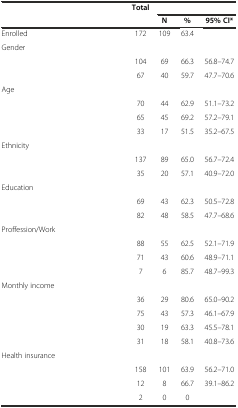
<table><thead><tr><td rowspan="2">[EMPTY_CELL]</td><td rowspan="2">[EMPTY_CELL]</td><td rowspan="2"><b>Total</b></td><td colspan="3">[EMPTY_CELL]</td></tr><tr><td><b>N</b></td><td><b>%</b></td><td><b>95% CI*</b></td></tr></thead><tbody><tr><td>Enrolled</td><td>[EMPTY_CELL]</td><td>172</td><td>109</td><td>63.4</td><td>[EMPTY_CELL]</td></tr><tr><td>Gender</td><td>[EMPTY_CELL]</td><td>[EMPTY_CELL]</td><td>[EMPTY_CELL]</td><td>[EMPTY_CELL]</td><td>[EMPTY_CELL]</td></tr><tr><td>[EMPTY_CELL]</td><td>[EMPTY_CELL]</td><td>104</td><td>69</td><td>66.3</td><td>56.8–74.7</td></tr><tr><td>[EMPTY_CELL]</td><td>[EMPTY_CELL]</td><td>67</td><td>40</td><td>59.7</td><td>47.7–70.6</td></tr><tr><td>Age</td><td>[EMPTY_CELL]</td><td>[EMPTY_CELL]</td><td>[EMPTY_CELL]</td><td>[EMPTY_CELL]</td><td>[EMPTY_CELL]</td></tr><tr><td>[EMPTY_CELL]</td><td>[EMPTY_CELL]</td><td>70</td><td>44</td><td>62.9</td><td>51.1–73.2</td></tr><tr><td>[EMPTY_CELL]</td><td>[EMPTY_CELL]</td><td>65</td><td>45</td><td>69.2</td><td>57.2–79.1</td></tr><tr><td>[EMPTY_CELL]</td><td>[EMPTY_CELL]</td><td>33</td><td>17</td><td>51.5</td><td>35.2–67.5</td></tr><tr><td>Ethnicity</td><td>[EMPTY_CELL]</td><td>[EMPTY_CELL]</td><td>[EMPTY_CELL]</td><td>[EMPTY_CELL]</td><td>[EMPTY_CELL]</td></tr><tr><td>[EMPTY_CELL]</td><td>[EMPTY_CELL]</td><td>137</td><td>89</td><td>65.0</td><td>56.7–72.4</td></tr><tr><td>[EMPTY_CELL]</td><td>[EMPTY_CELL]</td><td>35</td><td>20</td><td>57.1</td><td>40.9–72.0</td></tr><tr><td>Education</td><td>[EMPTY_CELL]</td><td>[EMPTY_CELL]</td><td>[EMPTY_CELL]</td><td>[EMPTY_CELL]</td><td>[EMPTY_CELL]</td></tr><tr><td>[EMPTY_CELL]</td><td>[EMPTY_CELL]</td><td>69</td><td>43</td><td>62.3</td><td>50.5–72.8</td></tr><tr><td>[EMPTY_CELL]</td><td>[EMPTY_CELL]</td><td>82</td><td>48</td><td>58.5</td><td>47.7–68.6</td></tr><tr><td>Proffession/Work</td><td>[EMPTY_CELL]</td><td>[EMPTY_CELL]</td><td>[EMPTY_CELL]</td><td>[EMPTY_CELL]</td><td>[EMPTY_CELL]</td></tr><tr><td>[EMPTY_CELL]</td><td>[EMPTY_CELL]</td><td>88</td><td>55</td><td>62.5</td><td>52.1–71.9</td></tr><tr><td>[EMPTY_CELL]</td><td>[EMPTY_CELL]</td><td>71</td><td>43</td><td>60.6</td><td>48.9–71.1</td></tr><tr><td>[EMPTY_CELL]</td><td>[EMPTY_CELL]</td><td>7</td><td>6</td><td>85.7</td><td>48.7–99.3</td></tr><tr><td>Monthly income</td><td>[EMPTY_CELL]</td><td>[EMPTY_CELL]</td><td>[EMPTY_CELL]</td><td>[EMPTY_CELL]</td><td>[EMPTY_CELL]</td></tr><tr><td>[EMPTY_CELL]</td><td>[EMPTY_CELL]</td><td>36</td><td>29</td><td>80.6</td><td>65.0–90.2</td></tr><tr><td>[EMPTY_CELL]</td><td>[EMPTY_CELL]</td><td>75</td><td>43</td><td>57.3</td><td>46.1–67.9</td></tr><tr><td>[EMPTY_CELL]</td><td>[EMPTY_CELL]</td><td>30</td><td>19</td><td>63.3</td><td>45.5–78.1</td></tr><tr><td>[EMPTY_CELL]</td><td>[EMPTY_CELL]</td><td>31</td><td>18</td><td>58.1</td><td>40.8–73.6</td></tr><tr><td>Health insurance</td><td>[EMPTY_CELL]</td><td>[EMPTY_CELL]</td><td>[EMPTY_CELL]</td><td>[EMPTY_CELL]</td><td>[EMPTY_CELL]</td></tr><tr><td>[EMPTY_CELL]</td><td>[EMPTY_CELL]</td><td>158</td><td>101</td><td>63.9</td><td>56.2–71.0</td></tr><tr><td>[EMPTY_CELL]</td><td>[EMPTY_CELL]</td><td>12</td><td>8</td><td>66.7</td><td>39.1–86.2</td></tr><tr><td>[EMPTY_CELL]</td><td>[EMPTY_CELL]</td><td>2</td><td>0</td><td>0</td><td>[EMPTY_CELL]</td></tr></tbody></table>